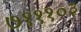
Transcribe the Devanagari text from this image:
७१११०३